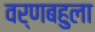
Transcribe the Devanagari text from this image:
वर्णबहुला